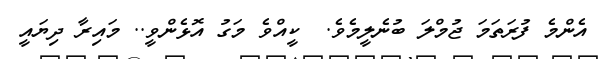
އެންމެ ފުރަތަމަ ޖުމްލަ ބުނެލީމެވެ.  ކީއްވެ މަގު އޮޅެންވީ.. މައިރާ ދިޔައީ